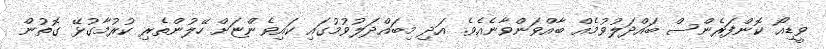
ވީޑިއޯ ކޮންފަރެންސް ބައްދަލުވުމެއް ބާއްވަންވާނެއެވެ. އަދި މިބައްދަލުވުމުގައި ކައިވެންޏަށް ހޭލުންތެރި ކުރުމާގުޅޭ ގޮތުން